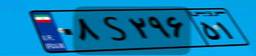
۰۸S۲۹۶۵۱